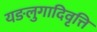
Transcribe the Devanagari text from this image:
यङलुगादिवृत्ति